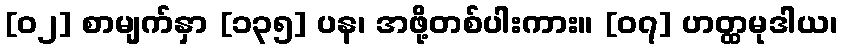
[၀၂] စာမျက်နှာ [၁၃၅] ပန၊ အဖို့တစ်ပါးကား။ [၀၇] ဟတ္ထမုဒါယ၊